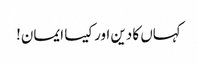
کہاں کا دین اور کیسا ایمان!